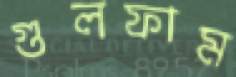
গুলফাম